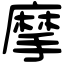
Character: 摩